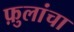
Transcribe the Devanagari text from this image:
फ़ुलांचा